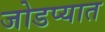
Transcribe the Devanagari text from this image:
जोडप्यात